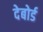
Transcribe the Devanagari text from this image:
देबोर्ड